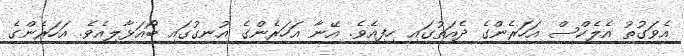
އެވަގުތު އެލެކްސް އަހަރެންގެ ދެއަތުގައި ހިފިއެވެ. އޭނާ އަހަރެންގެ އުނގުގައި ބޯއަޅާލިއެވެ. އަހަރެންގެ